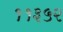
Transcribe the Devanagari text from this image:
११३५२